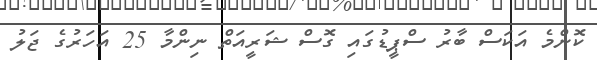
ކޮންމެ އަކަސް ބާރު ސްޕީޑުގައި ގޮސް ޝަރީއަތް ނިންމާ 25 އަހަރުގެ ޖަލު